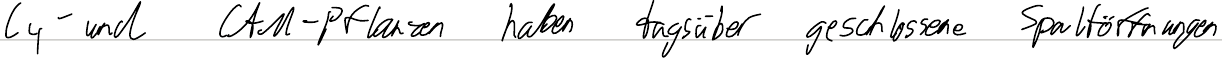
C4- und CAM-Pflanzen haben tagsüber geschlossene Spaltöffnungen